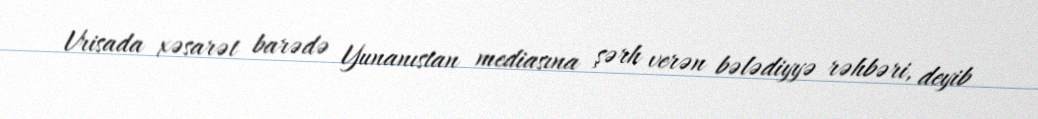
Vrisada xəsarət barədə Yunanıstan mediasına şərh verən bələdiyyə rəhbəri, deyib